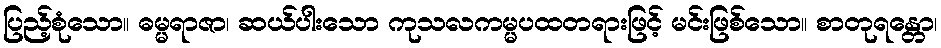
ပြည့်စုံသော။ ဓမ္မရာဇာ၊ ဆယ်ပါးသော ကုသလကမ္မပထတရားဖြင့် မင်းဖြစ်သော။ စာတုရန္တော၊